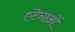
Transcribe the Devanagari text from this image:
एंटेनाओं